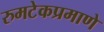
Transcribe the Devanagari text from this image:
रुमटेकप्रमाणे